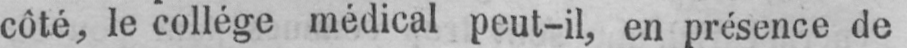
côté, le collége médical peut-il, en présence de